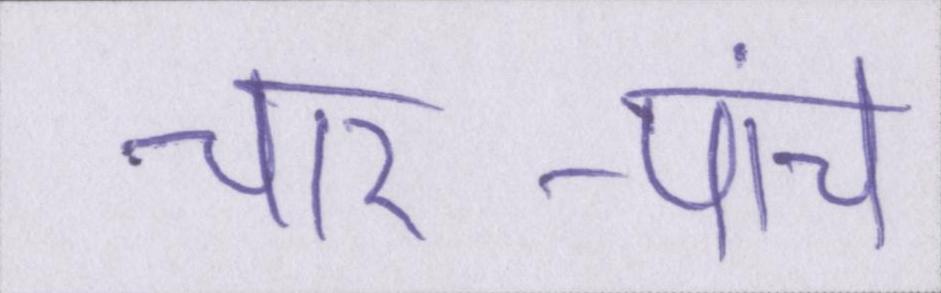
चार-पांच